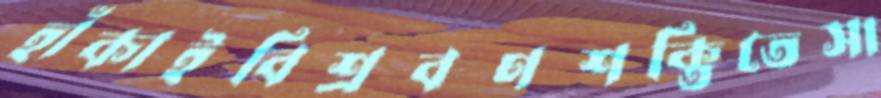
হাঁকাইবিশ্রবণশক্তিতেসা